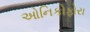
ઓનિકોફોરા